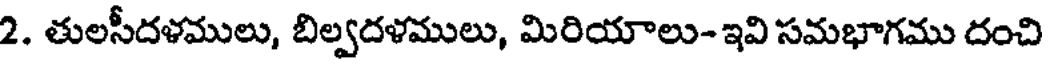
2. తులసీదళములు, బిల్వదళములు, మిరియాలు- ఇవి సమభాగము దంచి